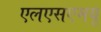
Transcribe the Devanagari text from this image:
एलएसएमयू